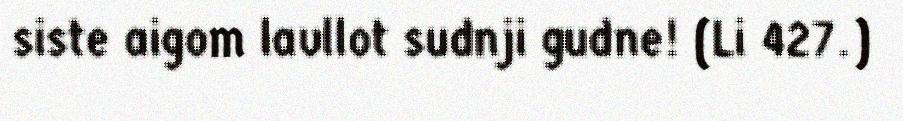
siste aigom lavllot sudnji gudne! (Li 427.)